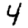
Digit: 4